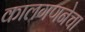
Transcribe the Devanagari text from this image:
कालगणनेचा